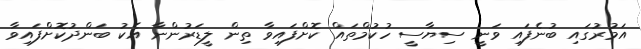
އަމުރުގައި ބުނެފައި ވަނީ ސިޔާސީ ހުކުމްތައް ކޮށްފައިވާ ތިން ލީޑަރުންނާ އެކު ބަންދުކޮށްފައިވާ